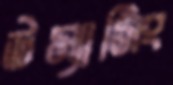
উম্যাসিং